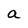
Character: a